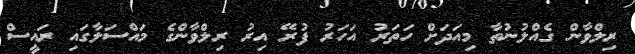
ރިލްވާން ގެއްލުނުތާ މިއަދަށް ހަތަރު އަހަރު ފުރޭ އިރު ރިލްވާންގެ މައްސަލާގައި ރައީސް